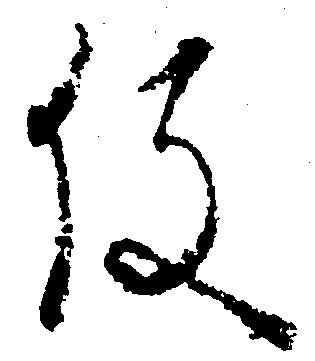
役